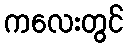
ကလေးတွင်